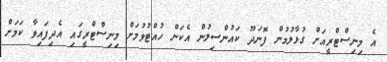
އެ މިނިސްޓްރީއަށް ގުޅާލުމުން ފޮނަދޫ ކައުންސިލުން އެކަން ހުއްޓުވުމަށް މިނިސްޓްރީގައި އެދިފައިވާ ކަމަށް